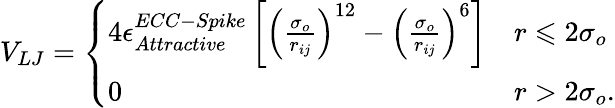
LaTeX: V_{LJ}=\left\{ \begin{array}{ll}{4\epsilon_{Attractive}^{ECC-Spike}\left[\left(\frac{\sigma_{o}}{r_{ij}}\right)^{12}-\left(\frac{\sigma_{o}}{r_{ij}}\right)^{6}\right]}&{r\leqslant 2\sigma_{o}}\\ {0}&{r>2\sigma_{o}.}\end{array}\right.